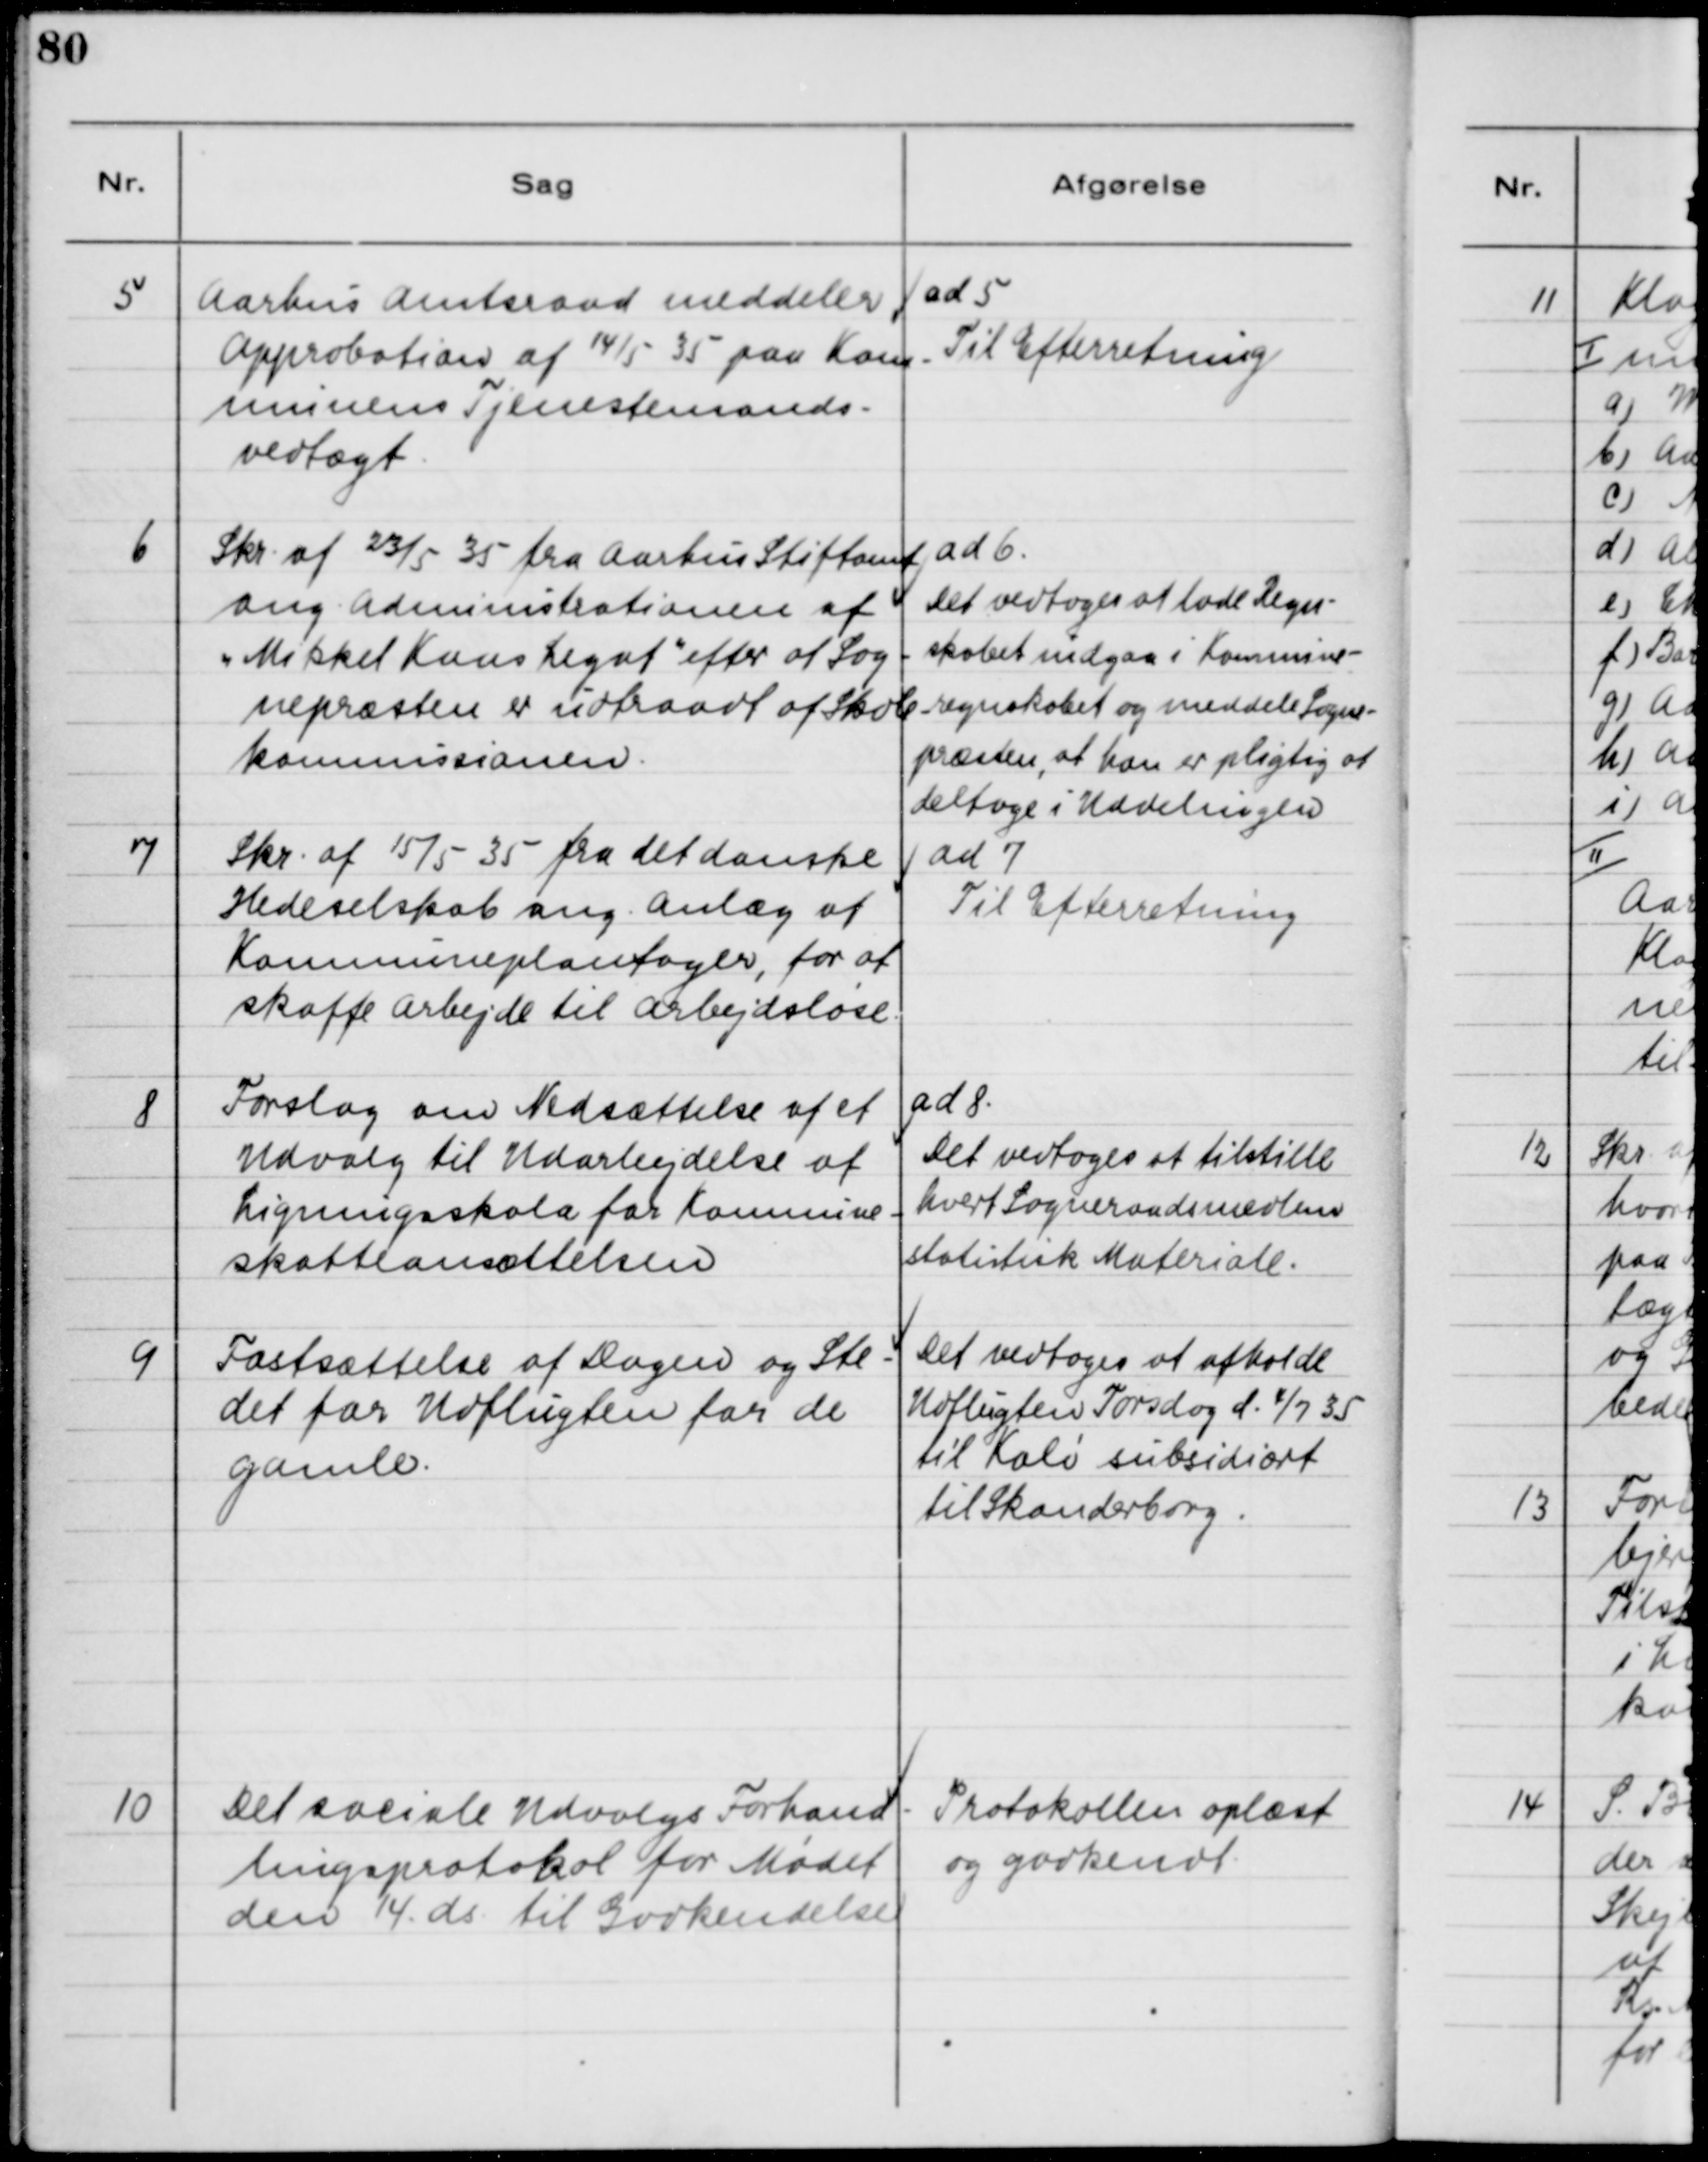
Transskription:
5

Aarhus Amtsraad meddeler
Approbation af 14/5 35 paa Kom-
munens Tjenestemands-
vedtægt.

ad 5
Til Efterretning

6

Skr. af 23/5 35 fra Aarhus Stiftamt
ang. Administrationen af
"Mikkel Kaas Legat" efter at Sog-
nepræsten er udtraadt af Skole-
kommissionen.

ad 6.
Det vedtoges at lade Regn-
skabet indgaa i Kommune-
regnskabet og meddele Sogne-
præsten, at han er pligtig at
Deltage i Uddelingen.

7

Skr. af 15/5 35 fra det danske
Hedeselskab ang. Anlæg af
Kommuneplantager, for at
skaffe Arbejde til Arbejdsløse

ad 7.
Til Efterretning

8

Forslag om Nedsættelse af et
Udvalg til Udarbejdelse af
Ligningsskala for Kommune-
skatteansættelsen.

ad 8.
Det vedtoges at tilstille
hvert Sogneraadsmedlem
statistisk Materiale.

9

Fastsættelse af Dagen og Ste-
det for udflugten for de
gamle.

Det vedtoges at afholde
Udflugten Torsdag d. 4/7 35
til Kalø subsidiært
til Skanderborg.

10

Det sociale Udvalgs Forhand-
lingsprotokol for Mødet
den 14. ds. til Godkendelse

Protokollen oplæst
og godkendt